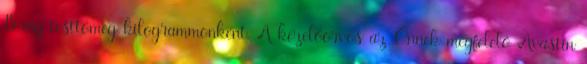
15 mg testtömeg-kilogrammonként. A kezelőorvos az Önnek megfelelő Avastin